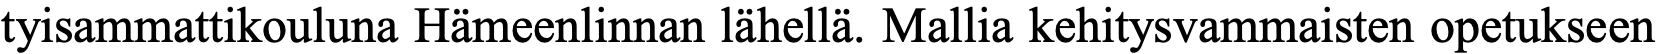
tyisammattikouluna Hämeenlinnan lähellä. Mallia kehitysvammaisten opetukseen